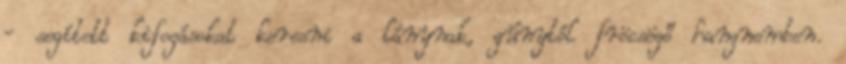
- segített kifogásokat keresni a lánynak, gúnytól fröcsögő hangnemben.